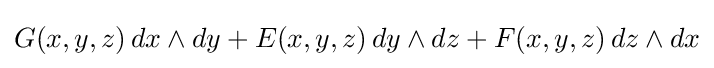
G(x,y,z)\,dx\wedge dy+E(x,y,z)\,dy\wedge dz+F(x,y,z)\,dz\wedge dx